Vaccination North-Western Provinces and Oudh 1878-1895 - 1878-1895
Year: 1878
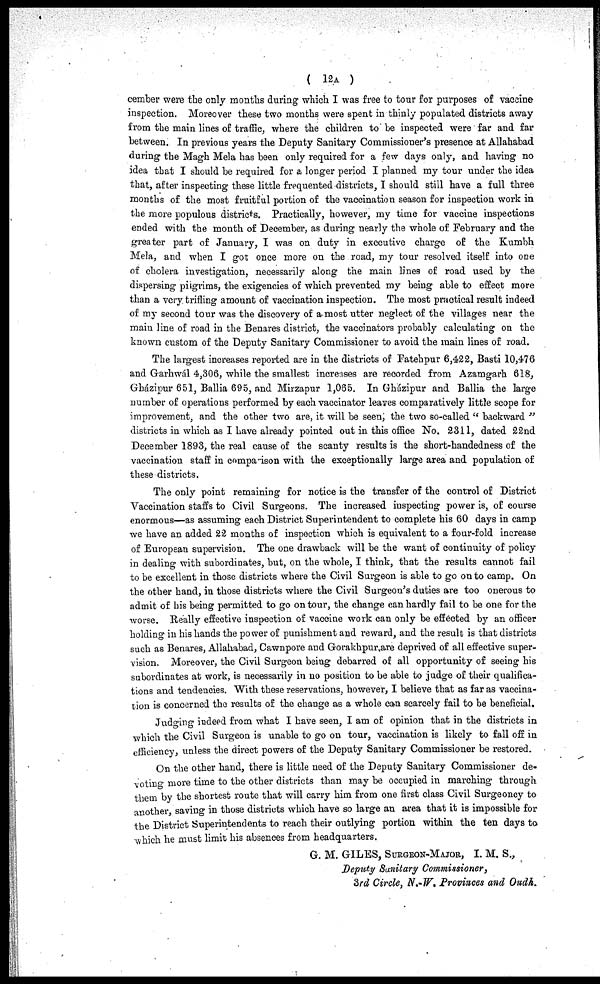
( 12A )
cember were the only months during which I was free to tour for purposes of vaccine
inspection. Moreover these two months were spent in thinly populated districts away
from the main lines of traffic, where the children to be inspected were far and far
between. In previous years the Deputy Sanitary Commissioner's presence at Allahabad
during the Magh Mela has been only required for a few days only, and having no
idea that I should be required for a longer period I planned my tour under the idea
that, after inspecting these little frequented districts, I should still have a full three
months of the most fruitful portion of the vaccination season for inspection work in
the more populous districts. Practically, however, my time for vaccine inspections
ended with the month of December, as during nearly the whole of February and the
greater part of January, I was on duty in executive charge of the Kumbh
Mela, and when I got once more on the road, my tour resolved itself into one
of cholera investigation, necessarily along the main lines of road used by the
dispersing pilgrims, the exigencies of which prevented my being able to effect more
than a very trifling amount of vaccination inspection. The most practical result indeed
of my second tour was the discovery of a most utter neglect of the villages near the
main line of road in the Benares district, the vaccinators probably calculating on the
known custom of the Deputy Sanitary Commissioner to avoid the main lines of road.
The largest increases reported are in the districts of Fatehpur 6,422, Basti 10,476
and Garhwál 4,306, while the smallest increases are recorded from Azamgarh 618,
Gházipur 651, Ballia 695, and Mirzapur 1,065. In Ghazipur and Ballia the large
number of operations performed by each vaccinator leaves comparatively little scope for
improvement, and the other two are, it will be seen; the two so-called " backward "
districts in which as I have already pointed out in this office No. 2311, dated 22nd
December 1893, the real cause of the scanty results is the short-handedness of the
vaccination staff in comparison with the exceptionally large area and population of
these districts.
The only point remaining for notice is the transfer of the control of District
Vaccination staffs to Civil Surgeons. The increased inspecting power is, of course
enormous—as assuming each District Superintendent to complete his 60 days in camp
we have an added 22 months of inspection which is equivalent to a four-fold increase
of European supervision. The one drawback will be the want of continuity of policy
in dealing with subordinates, but, on the whole, I think, that the results cannot fail
to be excellent in those districts where the Civil Surgeon is able to go on to camp. On
the other hand, in those districts where the Civil Surgeon's duties are too onerous to
admit of his being permitted to go on tour, the change can hardly fail to be one for the
worse. Really effective inspection of vaccine work can only be effected by an officer
holding in his hands the power of punishment and reward, and the result is that districts
such as Benares, Allahabad, Cawnpore and Gorakhpur are deprived of all effective super-
vision. Moreover, the Civil Surgeon being debarred of all opportunity of seeing his
subordinates at work, is necessarily in no position to be able to judge of their qualifica-
tions and tendencies. With these reservations, however, I believe that as far as vaccina-
tion is concerned the results of the change as a whole can scarcely fail to be beneficial.
Judging indeed from what I have seen, I am of opinion that in the districts in
which the Civil Surgeon is unable to go on tour, vaccination is likely to fall off in
efficiency, unless the direct powers of the Deputy Sanitary Commissioner be restored.
On the other hand, there is little need of the Deputy Sanitary Commissioner de-
voting more time to the other districts than may be occupied in marching through
them by the shortest route that will carry him from one first class Civil Surgeoncy to
another, saving in those districts which have so large an area that it is impossible for
the District Superintendents to reach their outlying portion within the ten days to
which he must limit his absences from headquarters.
G. M. GILES, SURGEON-MAJOR, I. M. S.,
Deputy Sanitary Commissioner,
3rd Circle, N.-W. Provinces and Oudh.